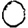
Digit: 0